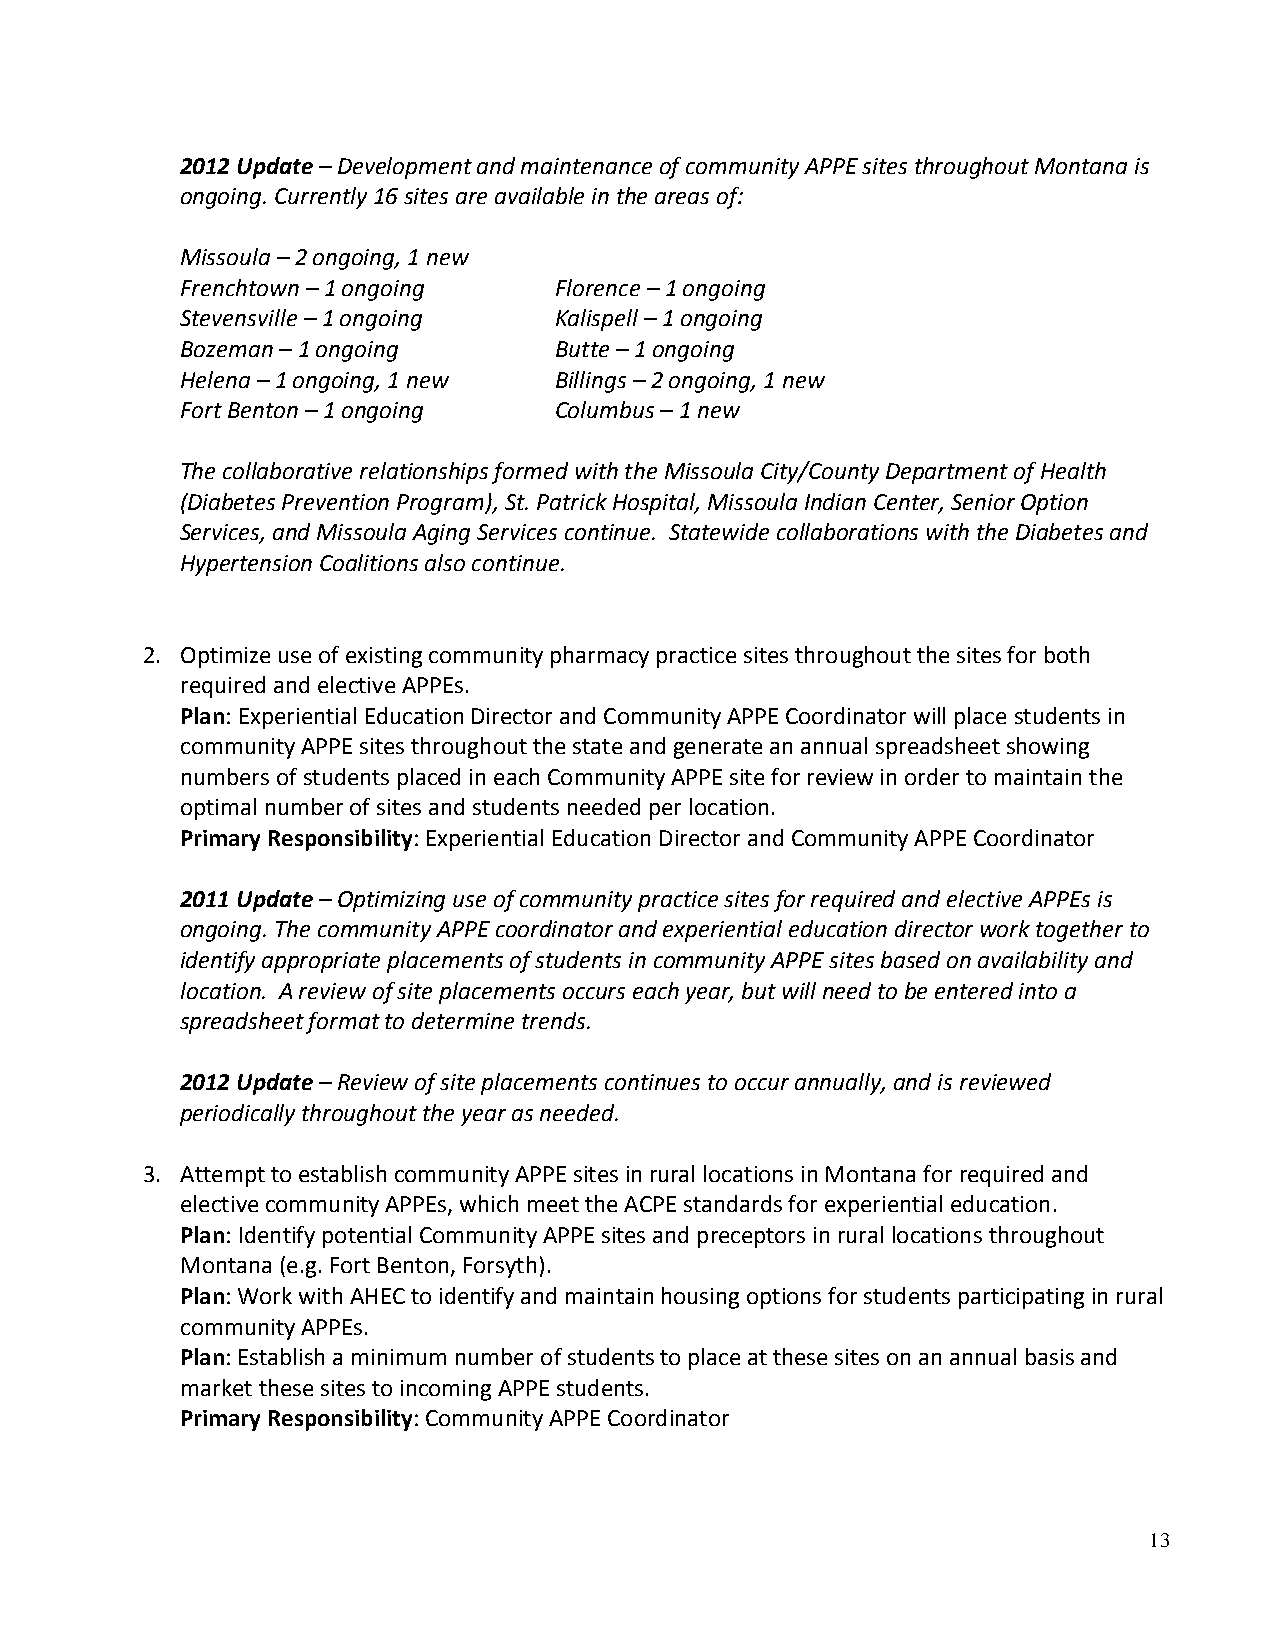
2012 Update – Development and maintenance of community APPE sites throughout Montana is
 ongoing. Currently 16 sites are available in the areas of:
 Missoula – 2 ongoing, 1 new
 Frenchtown – 1 ongoing   Florence – 1 ongoing
 Stevensville – 1 ongoing Kalispell – 1 ongoing
 Bozeman – 1 ongoing      Butte – 1 ongoing
 Helena – 1 ongoing, 1 new Billings – 2 ongoing, 1 new
 Fort Benton – 1 ongoing  Columbus – 1 new
 The collaborative relationships formed with the Missoula City/County Department of Health
 (Diabetes Prevention Program), St. Patrick Hospital, Missoula Indian Center, Senior Option
 Services, and Missoula Aging Services continue. Statewide collaborations with the Diabetes and
 Hypertension Coalitions also continue.
 2. Optimize use of existing community pharmacy practice sites throughout the sites for both
 required and elective APPEs.
 Plan: Experiential Education Director and Community APPE Coordinator will place students in
 community APPE sites throughout the state and generate an annual spreadsheet showing
 numbers of students placed in each Community APPE site for review in order to maintain the
 optimal number of sites and students needed per location.
 Primary Responsibility: Experiential Education Director and Community APPE Coordinator
 2011 Update – Optimizing use of community practice sites for required and elective APPEs is
 ongoing. The community APPE coordinator and experiential education director work together to
 identify appropriate placements of students in community APPE sites based on availability and
 location. A review of site placements occurs each year, but will need to be entered into a
 spreadsheet format to determine trends.
 2012 Update – Review of site placements continues to occur annually, and is reviewed
 periodically throughout the year as needed.
 3. Attempt to establish community APPE sites in rural locations in Montana for required and
 elective community APPEs, which meet the ACPE standards for experiential education.
 Plan: Identify potential Community APPE sites and preceptors in rural locations throughout
 Montana (e.g. Fort Benton, Forsyth).
 Plan: Work with AHEC to identify and maintain housing options for students participating in rural
 community APPEs.
 Plan: Establish a minimum number of students to place at these sites on an annual basis and
 market these sites to incoming APPE students.
 Primary Responsibility: Community APPE Coordinator
 13